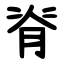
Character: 脊